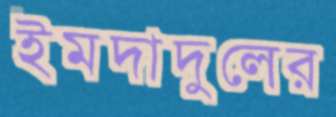
ইমদাদুলের